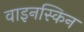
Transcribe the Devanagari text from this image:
वाइनस्किन